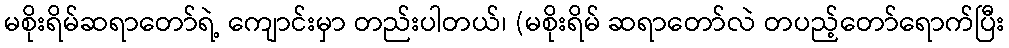
မစိုးရိမ်ဆရာတော်ရဲ့ ကျောင်းမှာ တည်းပါတယ်၊ (မစိုးရိမ် ဆရာတော်လဲ တပည့်တော်ရောက်ပြီး